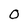
Character: O